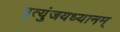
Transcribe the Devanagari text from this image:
मृत्युंजयध्यानम्‌